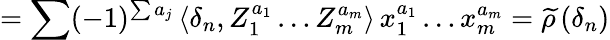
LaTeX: =\sum(-1)^{\sum a_{j}}\, \langle\delta_{n},Z_{1}^{a_{1}}\ldots Z_{m}^{a_{m}}\rangle\, x_{1}^{a_{1}}\ldots x_{m}^{a_{m}}=\widetilde{\rho}\, (\delta_{n})